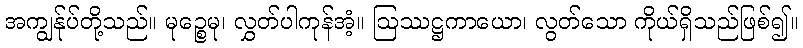
အကျွန်ုပ်တို့သည်။ မုဉ္စေမု၊ လွှတ်ပါကုန်အံ့။ ဩဿဋ္ဌကာယော၊ လွတ်သော ကိုယ်ရှိသည်ဖြစ်၍။